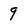
Character: 9